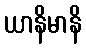
ယာနိမာနိ